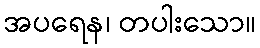
အပရေန၊ တပါးသော။